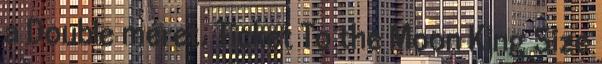
a Double méret. Ticket To the Moon King Size